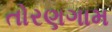
તોરણગામ